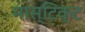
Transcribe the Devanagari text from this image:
मास्टिक्ट